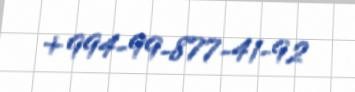
+994-99-877-41-92